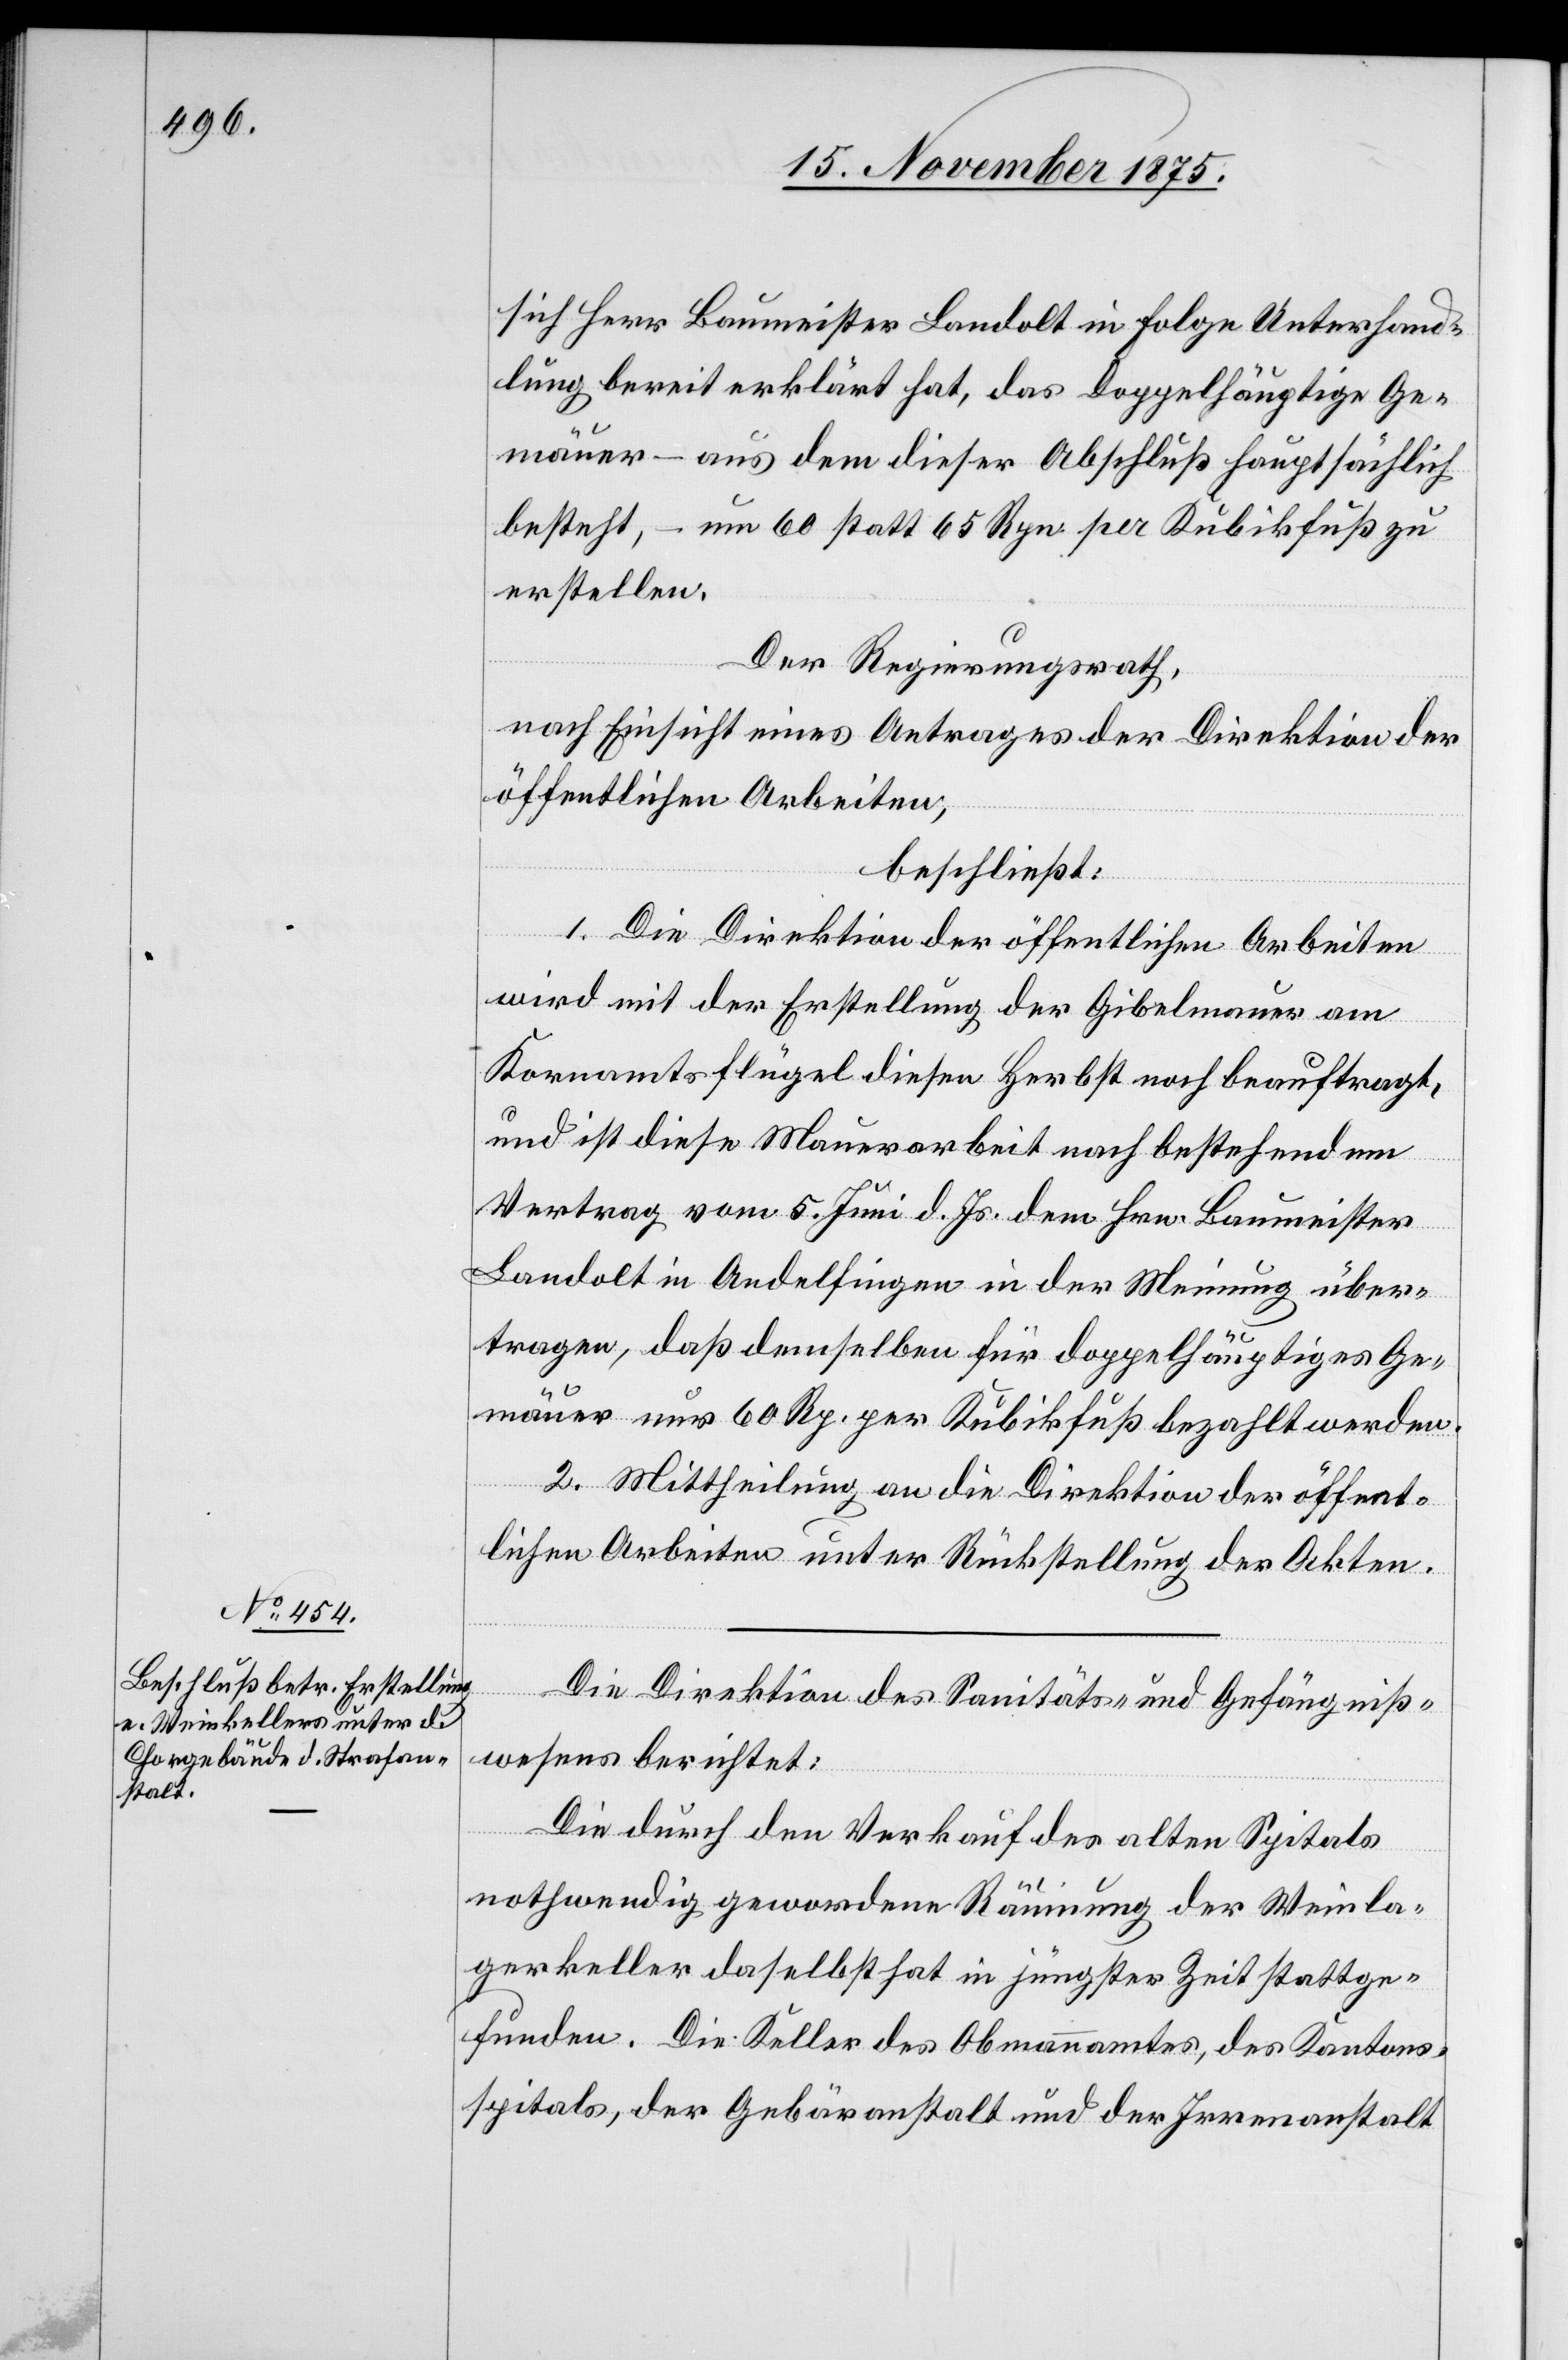
17. November 1875.]
sich Herr Baumeister Landolt in Folge Unterhand¬
lung bereit erklärt hat, das Doppelhäuptige [s¬
mäuer – aus dem dieser Abschluß hauptsächlich
besteht, – um 60 statt 65 Rpn. per Kubikfuß zu
erstellen.
Ge¬
Der Regierungsrath,
nach Einsicht eines Antrages der Direktion der
öffentlichen Arbeiten,
beschließt:
1. Die Direktion der öffentlichen Arbeiten
wird mit der Erstellung der Gibelmauer am
Kornamtsflügel diesen Herbst noch beauftragt,
und ist diese Mauerarbeit nach bestehendem
Vertrag vom 5. Juni d. Js. dem Hrn. Baumeister
Landolt in Andelfingen in der Meinung über¬
tragen, daß demselben für doppelhäuptiges Ge¬
mäuer nur 60 Rp. per Kubikfuß bezahlt werden.
2. Mittheilung an die Direktion der öffent¬
lichen Arbeiten unter Rückstellung der Akten.
Die Direktion des Sanitäts- und Gefängniß¬
wesens berichtet:
Die durch den Verkauf des alten Spitals
nothwendig gewordene Räumung der Weinla¬
gerkeller daselbst hat in jüngster Zeit stattge¬
funden. Die Keller des Obmannamtes, des Kantons¬
spitals, der Gebäranstalt und der Irrenanstalt